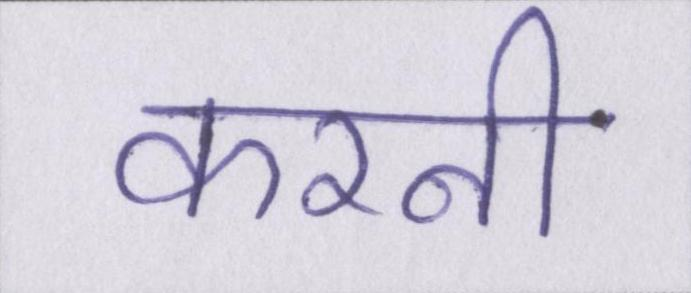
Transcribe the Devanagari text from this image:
करनी